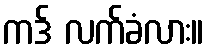
ကဒ် လက်ခံလား။